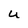
Character: U